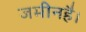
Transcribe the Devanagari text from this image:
जमीनहै।